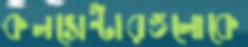
কলসেন্টারগুলোকে